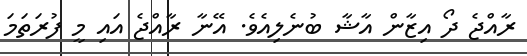
ރާއްޖެ ދޯ އިޒާން އާޝާ ބުނެލިއެވެ. އޭނާ ރާއްޖެ އައި މީ ފުރަތަމަ